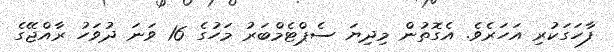
ފާހަގަކުރި އަހަރެވެ. އެގޮތުން މިދިޔަ ސެޕްޓެމްބަރު މަހުގެ 16 ވަނަ ދުވަހު ރާއްޖޭގެ